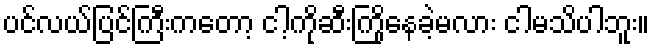
ပင်လယ်ပြင်ကြီးကတော့ ငါ့ကိုဆီးကြိုနေခဲ့မလား ငါမသိပါဘူး။